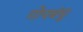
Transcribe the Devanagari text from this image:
गोपबंधुः